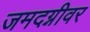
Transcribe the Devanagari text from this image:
जमदग्नीवर